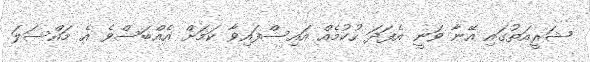
ޝަރީއަތުގައި އޭނާ ވަނީ އެފަދަ ހުކުމެއް އައިސްފައިވާ ކަމަށް އެއްބަސްވެ އެ މައްސަލަ